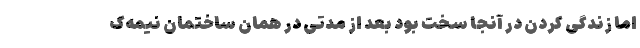
اما زندگی کردن در آنجا سخت بود بعد از مدتی در همان ساختمان نیمه‌ک